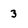
Character: 3